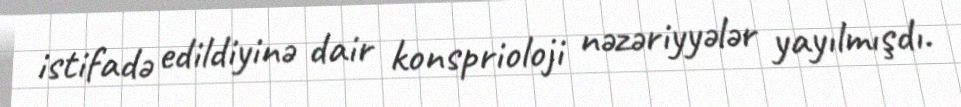
istifadə edildiyinə dair konsprioloji nəzəriyyələr yayılmışdı.